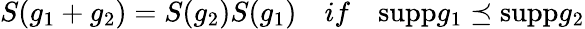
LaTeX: S(g_{1}+g_{2})=S(g_{2})S(g_{1})\quad if\quad\mathrm{supp}g_{1}\preceq\mathrm{supp}g_{2}